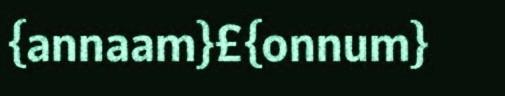
{annaam}£{onnum}